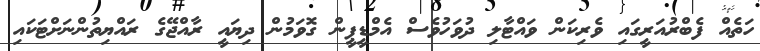
ހަތެއް ފެބްރުއަރީގައި ވެރިކަން ވައްޓާލި ދުވަހުވެސް އެމްޑީޕީން ގޮވަމުން ދިޔައީ ރާއްޖޭގެ ރައްޔިތުންނަށްޓަކައި